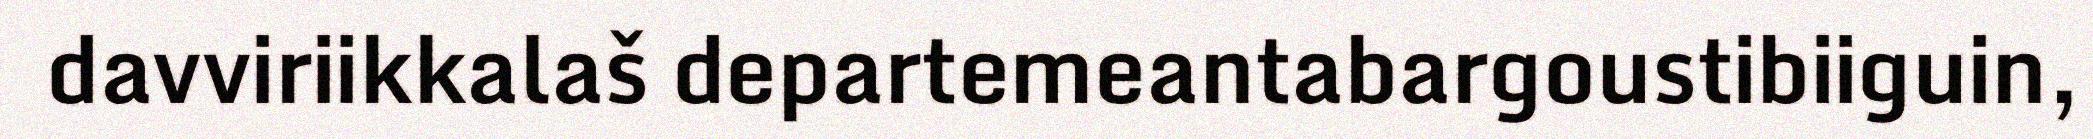
davviriikkalaš departemeantabargoustibiiguin,